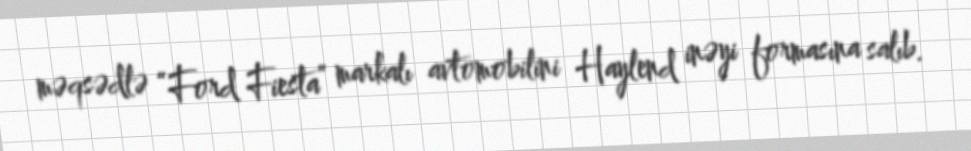
məqsədlə “Ford Fiesta” markalı avtomobilini Haylend inəyi formasına salıb.